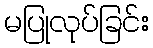
မပြုလုပ်ခြင်း